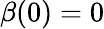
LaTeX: \beta(0)=0